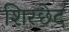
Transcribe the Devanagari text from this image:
शिरछेद